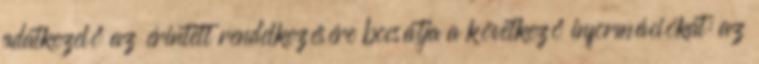
adatkezelő az érintett rendelkezésére bocsátja a következő információkat: az